Jaan_Tonisson_(Lasteleht), lk 492
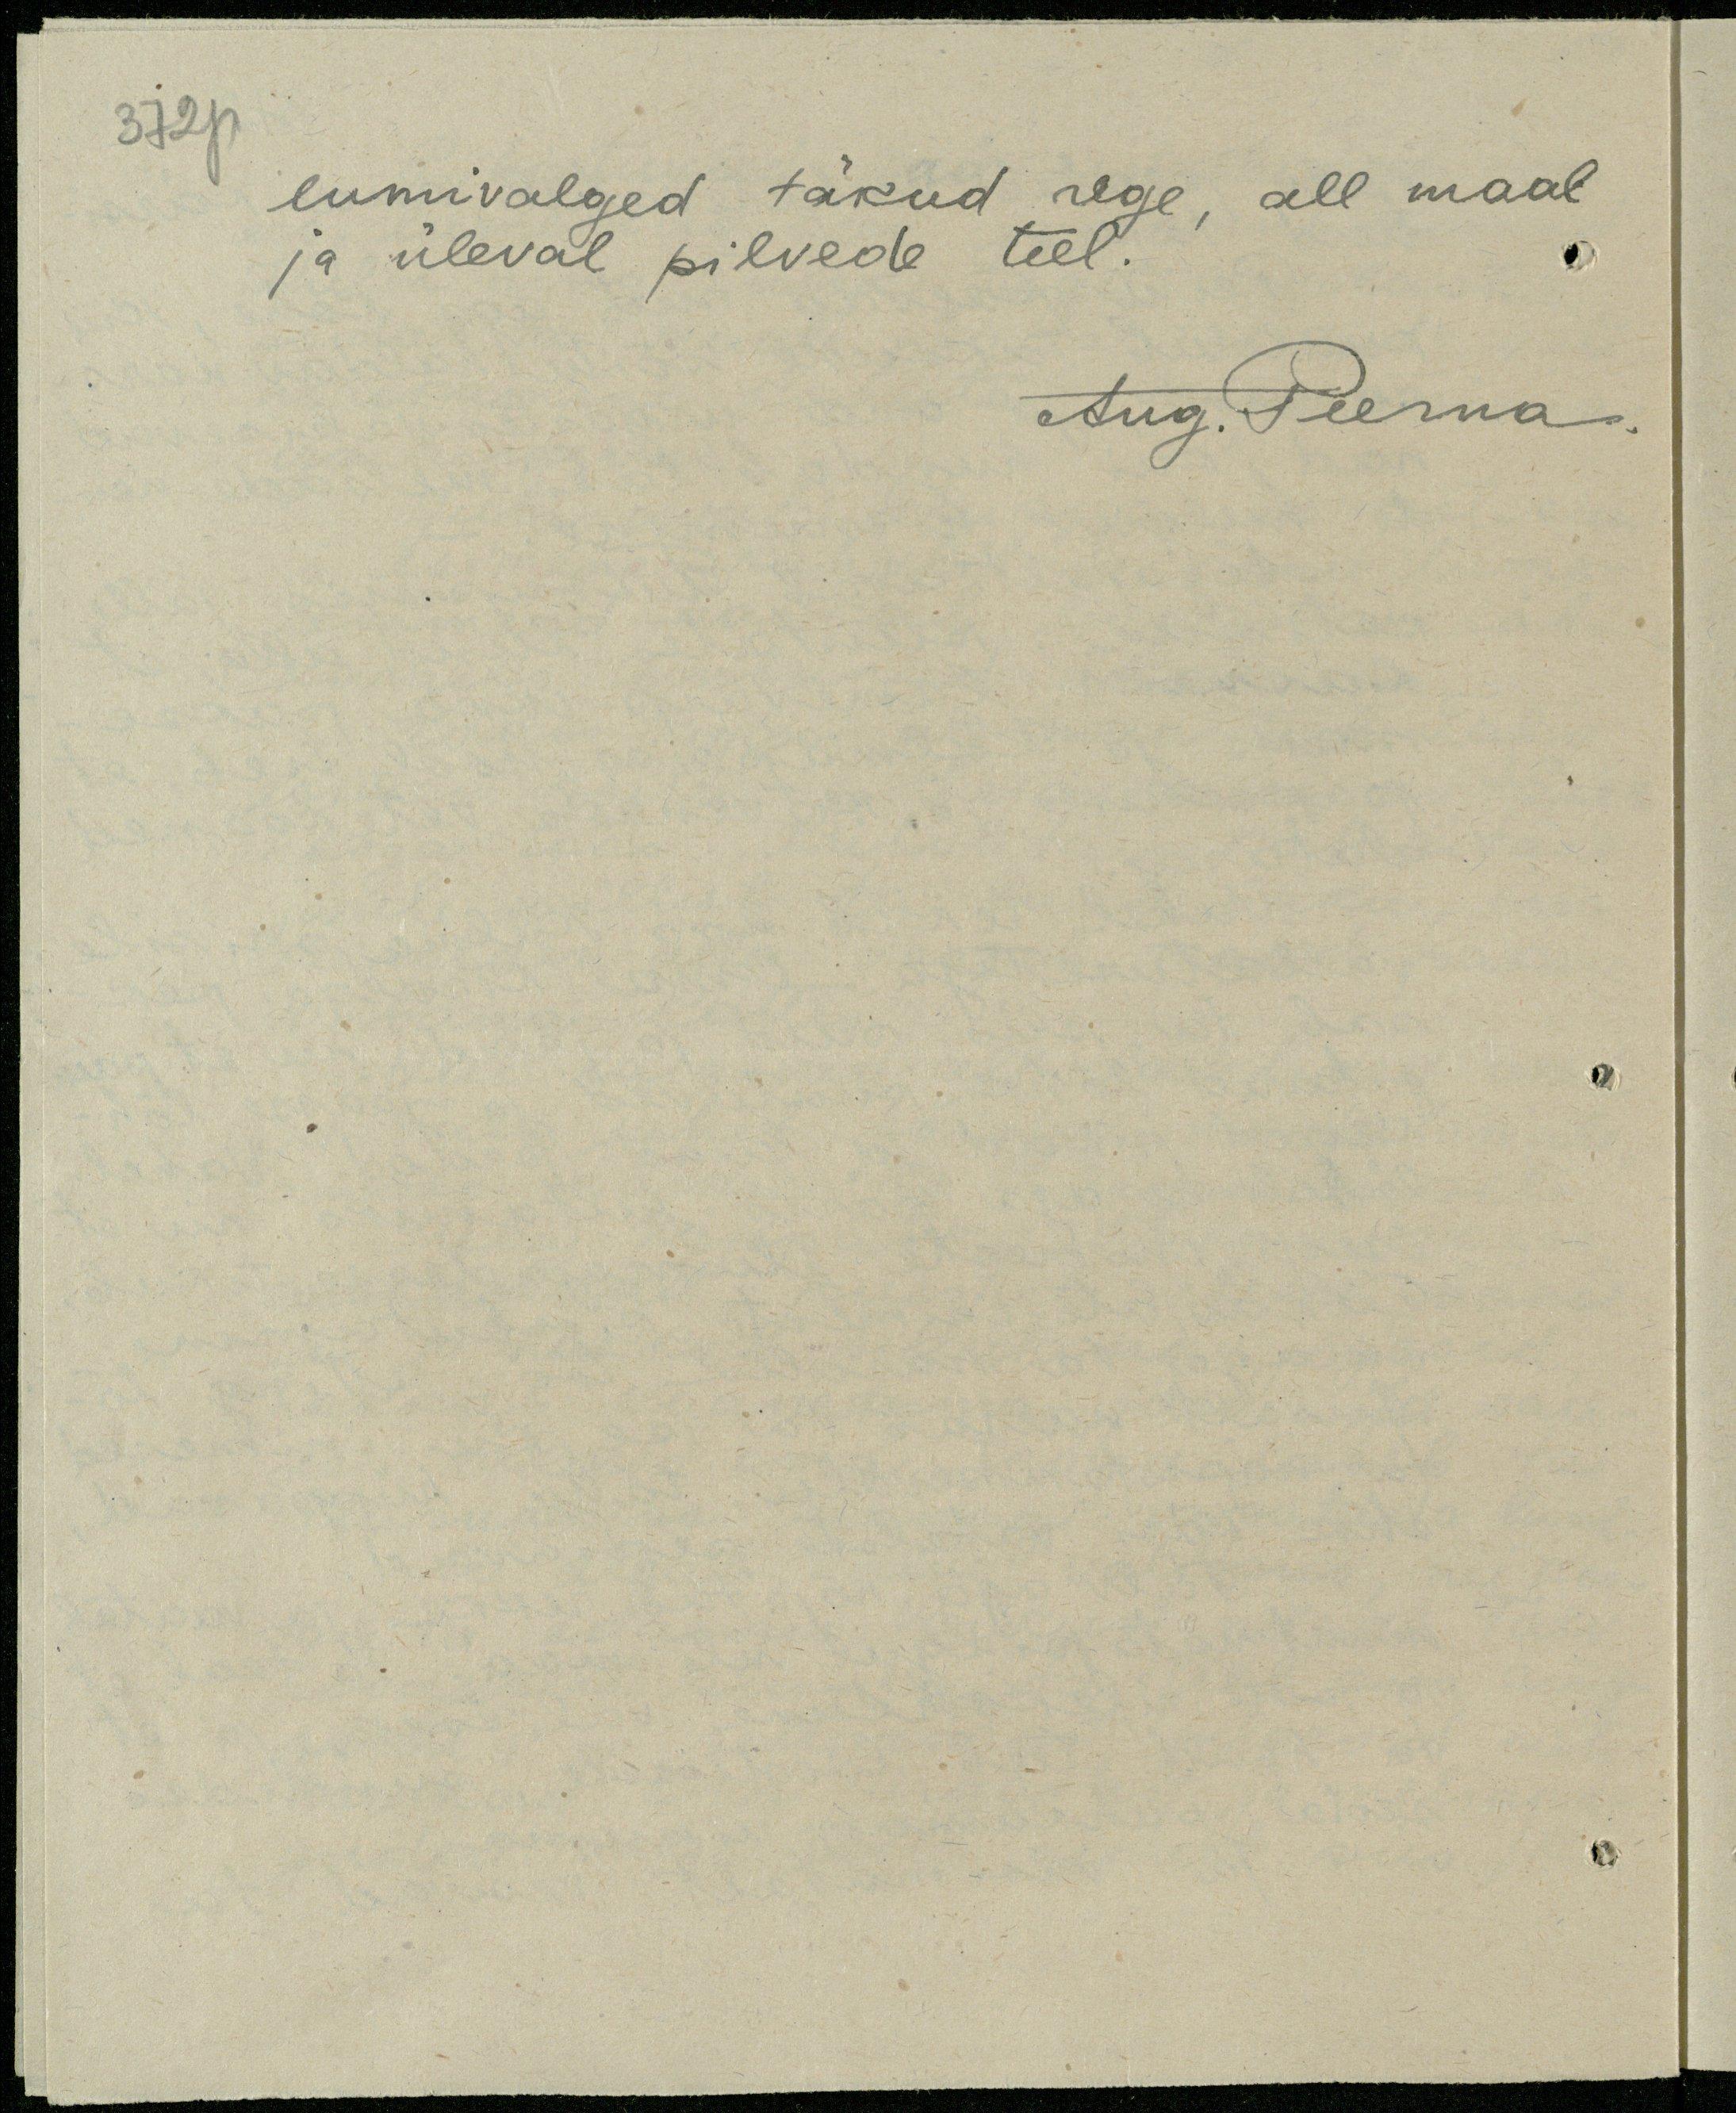
372p
lumivalged täkud rege, all maal
ja üleval pilvede teel.
Aug. Peerna